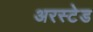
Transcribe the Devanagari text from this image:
अरस्टेड